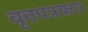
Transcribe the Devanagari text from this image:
वृत्तपत्रकार